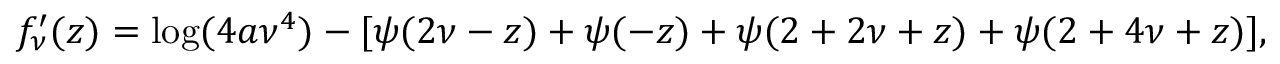
f _ { \nu } ^ { \prime } ( z ) = \log ( 4 a \nu ^ { 4 } ) - [ \psi ( 2 \nu - z ) + \psi ( - z ) + \psi ( 2 + 2 \nu + z ) + \psi ( 2 + 4 \nu + z ) ] ,